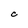
Character: c